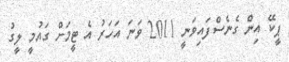
ޕީކޭ އިން ގެނެސްފައިވަނީ 2011 ވަނަ އަހަރު އެ ޓީމަށް ގައުމީ ލީގު